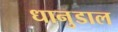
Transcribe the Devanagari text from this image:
धानुडाल